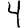
Digit: 4